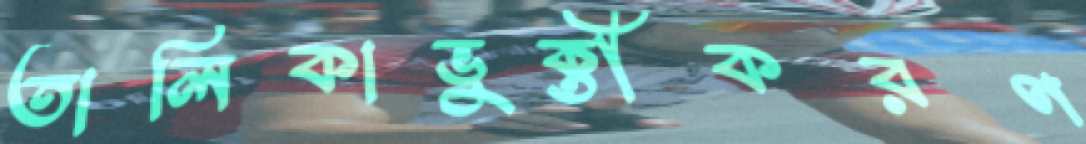
তালিকাভুক্তীকরণ